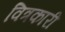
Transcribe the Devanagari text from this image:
वित्रकारी